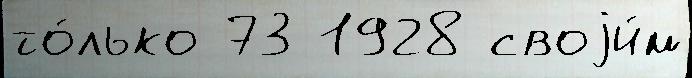
то́лько 73 1928 своjи́м